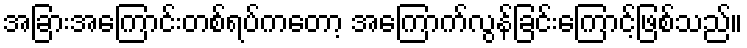
အခြားအကြောင်းတစ်ရပ်ကတော့ အကြောက်လွန်ခြင်းကြောင့်ဖြစ်သည်။